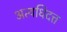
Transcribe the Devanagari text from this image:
अत्यधिदत्त